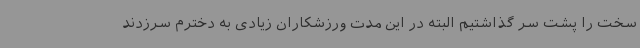
سخت را پشت سر گذاشتیم البته در این مدت ورزشکاران زیادی به دخترم سرزدند